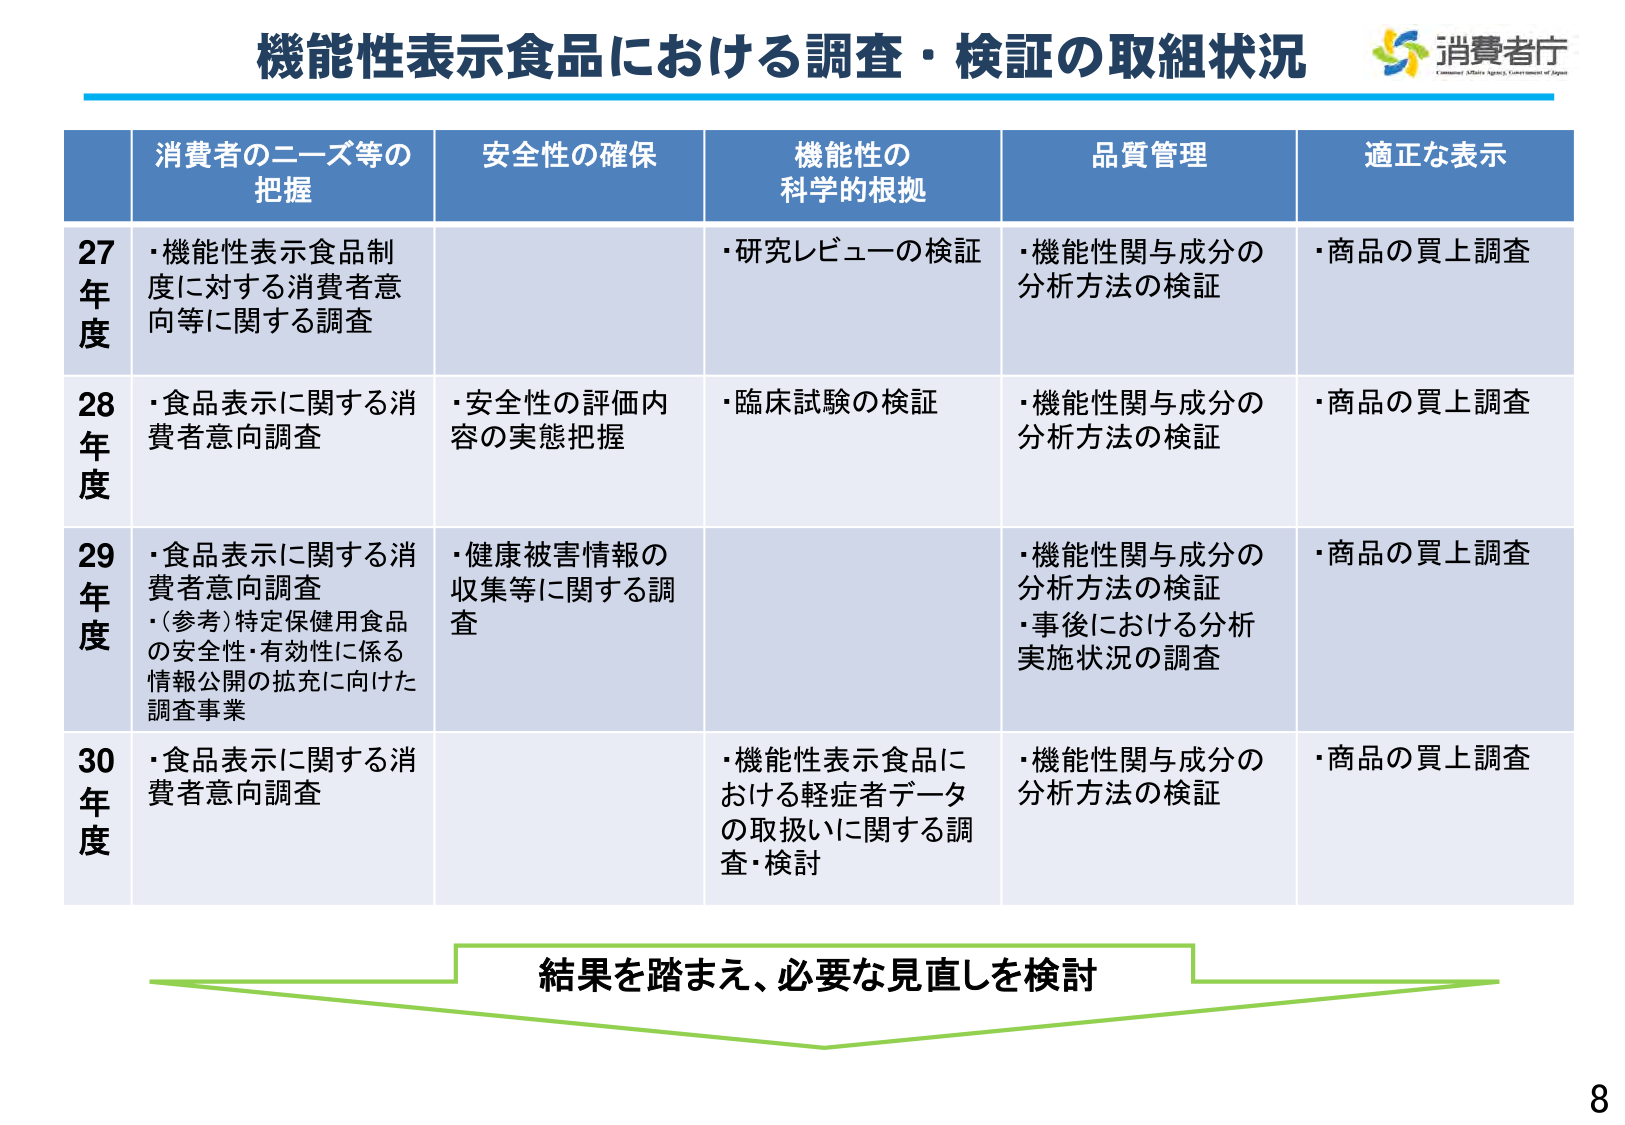
機能性表示食品における調査・検証の取組状況
消費者庁
Consumer Affairs Agency, Government of Japan

消費者のニーズ等の把握
安全性の確保
機能性の科学的根拠
品質管理
適正な表示

27年度
・機能性表示食品制度に対する消費者意向等に関する調査
・研究レビューの検証
・機能性関与成分の分析方法の検証
・商品の買上調査

28年度
・食品表示に関する消費者意向調査
・安全性の評価内容の実態把握
・臨床試験の検証
・機能性関与成分の分析方法の検証
・商品の買上調査

29年度
・食品表示に関する消費者意向調査
・(参考)特定保健用食品の安全性・有効性に係る情報公開の拡充に向けた調査事業
・健康被害情報の収集等に関する調査
・機能性関与成分の分析方法の検証
・事後における分析実施状況の調査
・商品の買上調査

30年度
・食品表示に関する消費者意向調査
・機能性表示食品における軽症者データの取扱いに関する調査・検討
・機能性関与成分の分析方法の検証
・商品の買上調査

結果を踏まえ、必要な見直しを検討

8